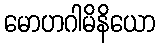
မောဟဂါမိနိယော